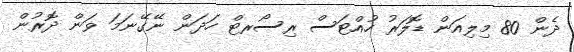
ދެން 80 މިލިއަން ޑޮލަރު ހުއްޓަސް ރިސޯރޓް ހަދަން ނޭގޭނަމަ ވަން ދޮރުން